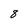
Character: 8